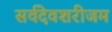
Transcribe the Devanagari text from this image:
सर्वदेवशरीजम